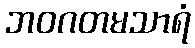
ဘဝဂတမသာရံ